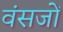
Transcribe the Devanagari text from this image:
वंसजों